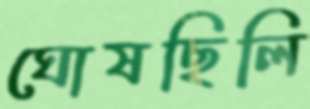
ঘোষছিলি